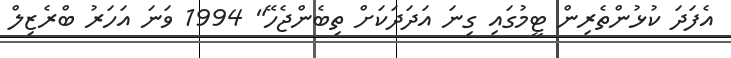
އެފަދަ ކުޅުންތެރިން ޓީމުގައި ގިނަ އަދަދަކަށް ތިބެންޖެހޭ" 1994 ވަނަ އަހަރު ބްރެޒިލް